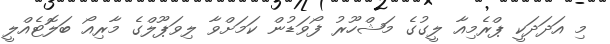
މި އަދަދަކީ ޕްރެމިއާ ލީގުގެ މަޝްހޫރު ފޯވަޑުން ކަމަށްވާ ލިވަޕޫލްގެ މާރިއޯ ބަލޮޓެއްލީ